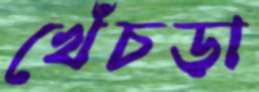
খেঁচড়া